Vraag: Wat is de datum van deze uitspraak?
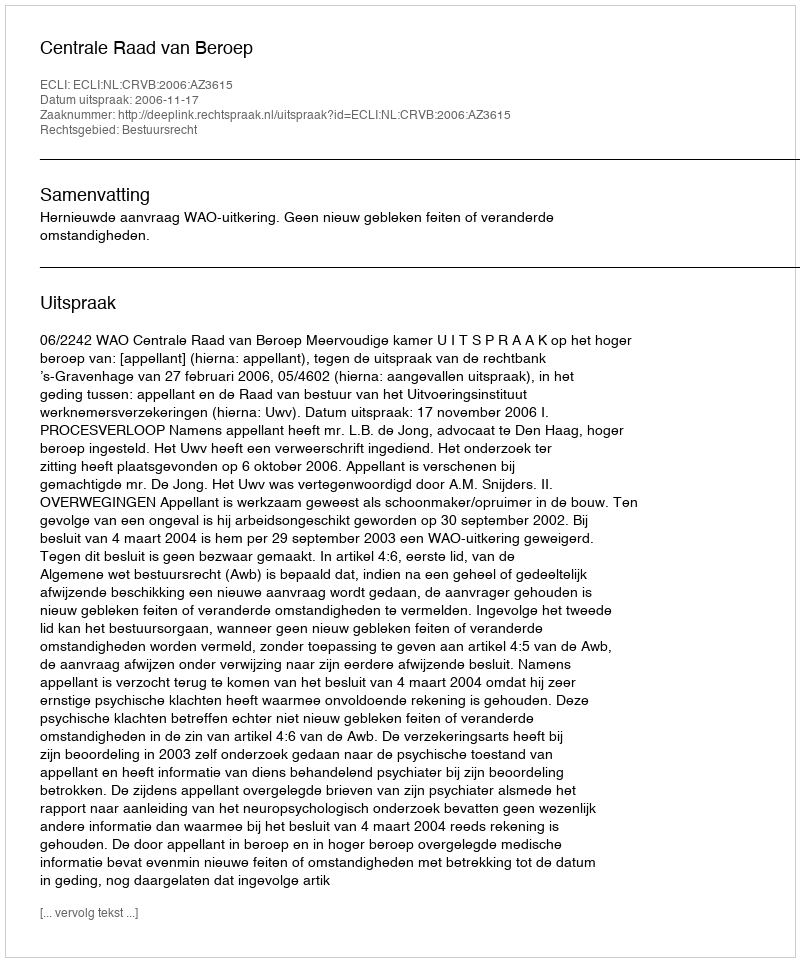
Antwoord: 2006-11-17